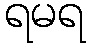
ရမရ